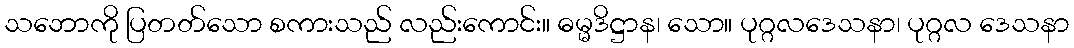
သဘောကို ပြတတ်သော စကားသည် လည်းကောင်း။ ဓမ္မဒိဋ္ဌာန၊ သော။ ပုဂ္ဂလဒေသနာ၊ ပုဂ္ဂလ ဒေသနာ